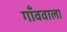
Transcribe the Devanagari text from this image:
गाँववाला